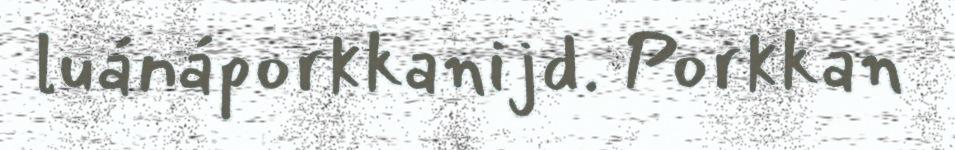
luánáporkkanijd. Porkkan